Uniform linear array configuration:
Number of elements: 64
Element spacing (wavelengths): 0.75
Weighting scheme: blackman
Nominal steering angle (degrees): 60
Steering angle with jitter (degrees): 59.809
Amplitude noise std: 0.05
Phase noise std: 0.05

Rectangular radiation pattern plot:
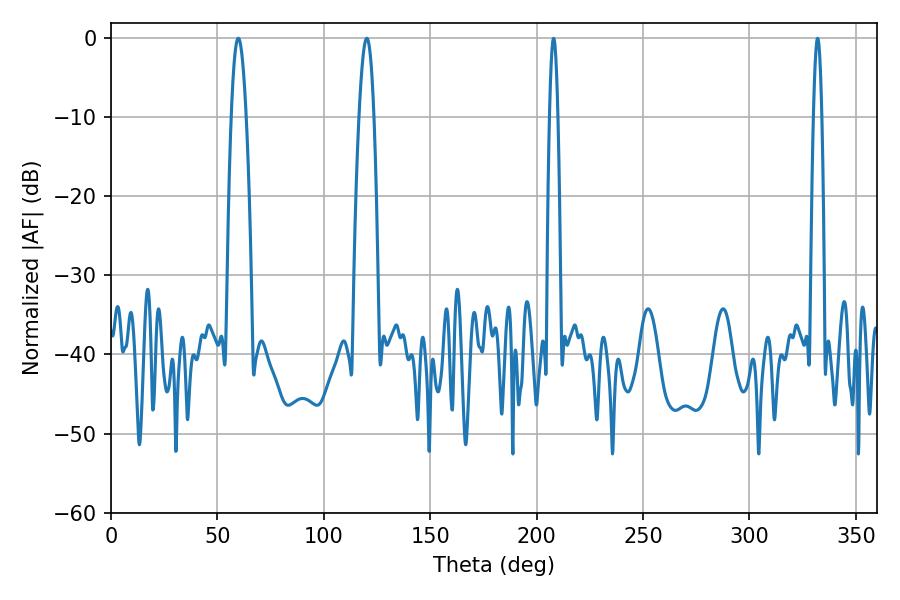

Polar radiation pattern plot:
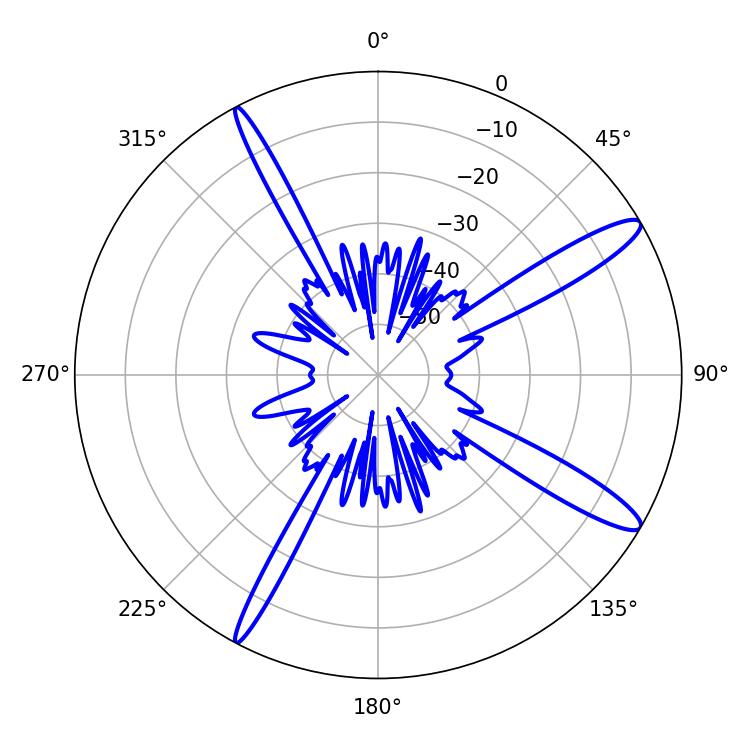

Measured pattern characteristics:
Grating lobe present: TRUE
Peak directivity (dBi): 13.598
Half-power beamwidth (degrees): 3.78
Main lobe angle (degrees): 59.76